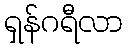
ရှန်ဂရီလာ